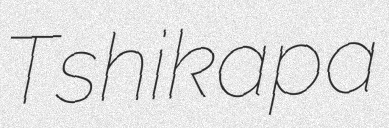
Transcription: Tshikapa